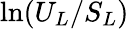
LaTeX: \ln(U_{L}/S_{L})